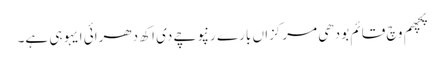
پچھم وچ قائم بودھی مرکزاں بارے رنپوچے دی اکھ دھرائی ایہو ہی ہے۔